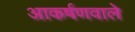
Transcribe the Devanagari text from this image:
आकर्षणवाले